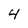
Character: 4